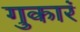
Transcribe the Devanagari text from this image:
गुकारं